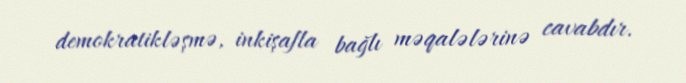
demokratikləşmə, inkişafla bağlı məqalələrinə cavabdır.